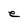
Character: e